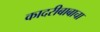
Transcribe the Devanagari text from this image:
कादरीबाबाचा